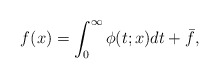
\begin{align*}f(x) = \int_0^\infty \phi(t;x) dt + \bar{f},\end{align*}